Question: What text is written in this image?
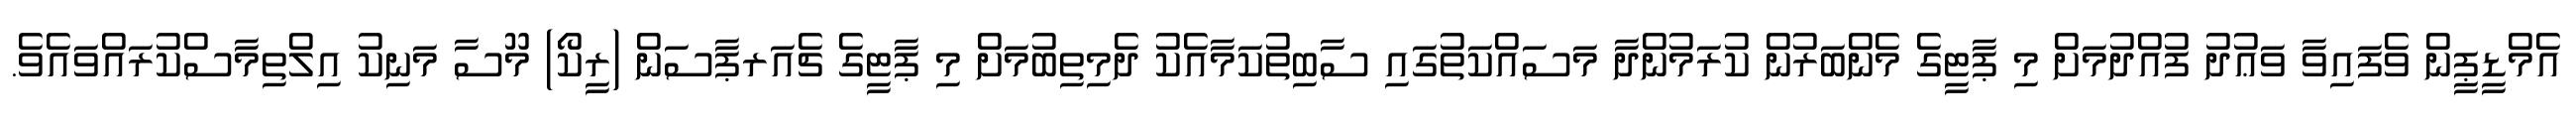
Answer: އެމްޑީޕީން ވެފައިވާ ވަޢުދު ފުއްދުމަށް މި ޕާޓީގެ މެންބަރުން ކުރަމުންދާ މަސައްކަތުގައި ސާބިތުކަމާއެކު ދެމިތިބުމަށް މި ޕާޓީގެ ޗެއަރޕާސަން (ރީކޯ) މޫސާ މަނިކު އިލްތިމާސްކުރައްވައެވެ.